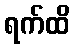
ရက်ထိ